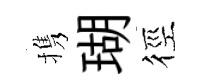
携瑚徑